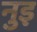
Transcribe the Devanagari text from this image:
नुइ